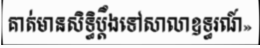
គាត់មានសិទ្ធិប្តឹងទៅសាលាឧទ្ធរណ៍»